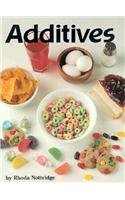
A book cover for Additives (Food Facts); Rhoda Nottridge; Health, Fitness & Dieting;